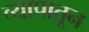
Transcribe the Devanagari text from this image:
व्यापातून